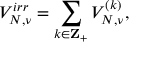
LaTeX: V _ { N , \nu } ^ { i r r } = \sum _ { k \in { \bf Z } _ { + } } V _ { N , \nu } ^ { ( k ) } ,